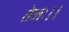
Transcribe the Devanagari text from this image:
तेजः।।